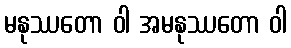
မနုဿတော ဝါ အမနုဿတော ဝါ